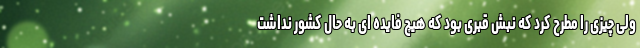
ولی چیزی را مطرح کرد که نبش قبری بود که هیچ فایده ای به حال کشور نداشت